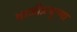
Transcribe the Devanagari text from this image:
बाजीप्रभूच्या